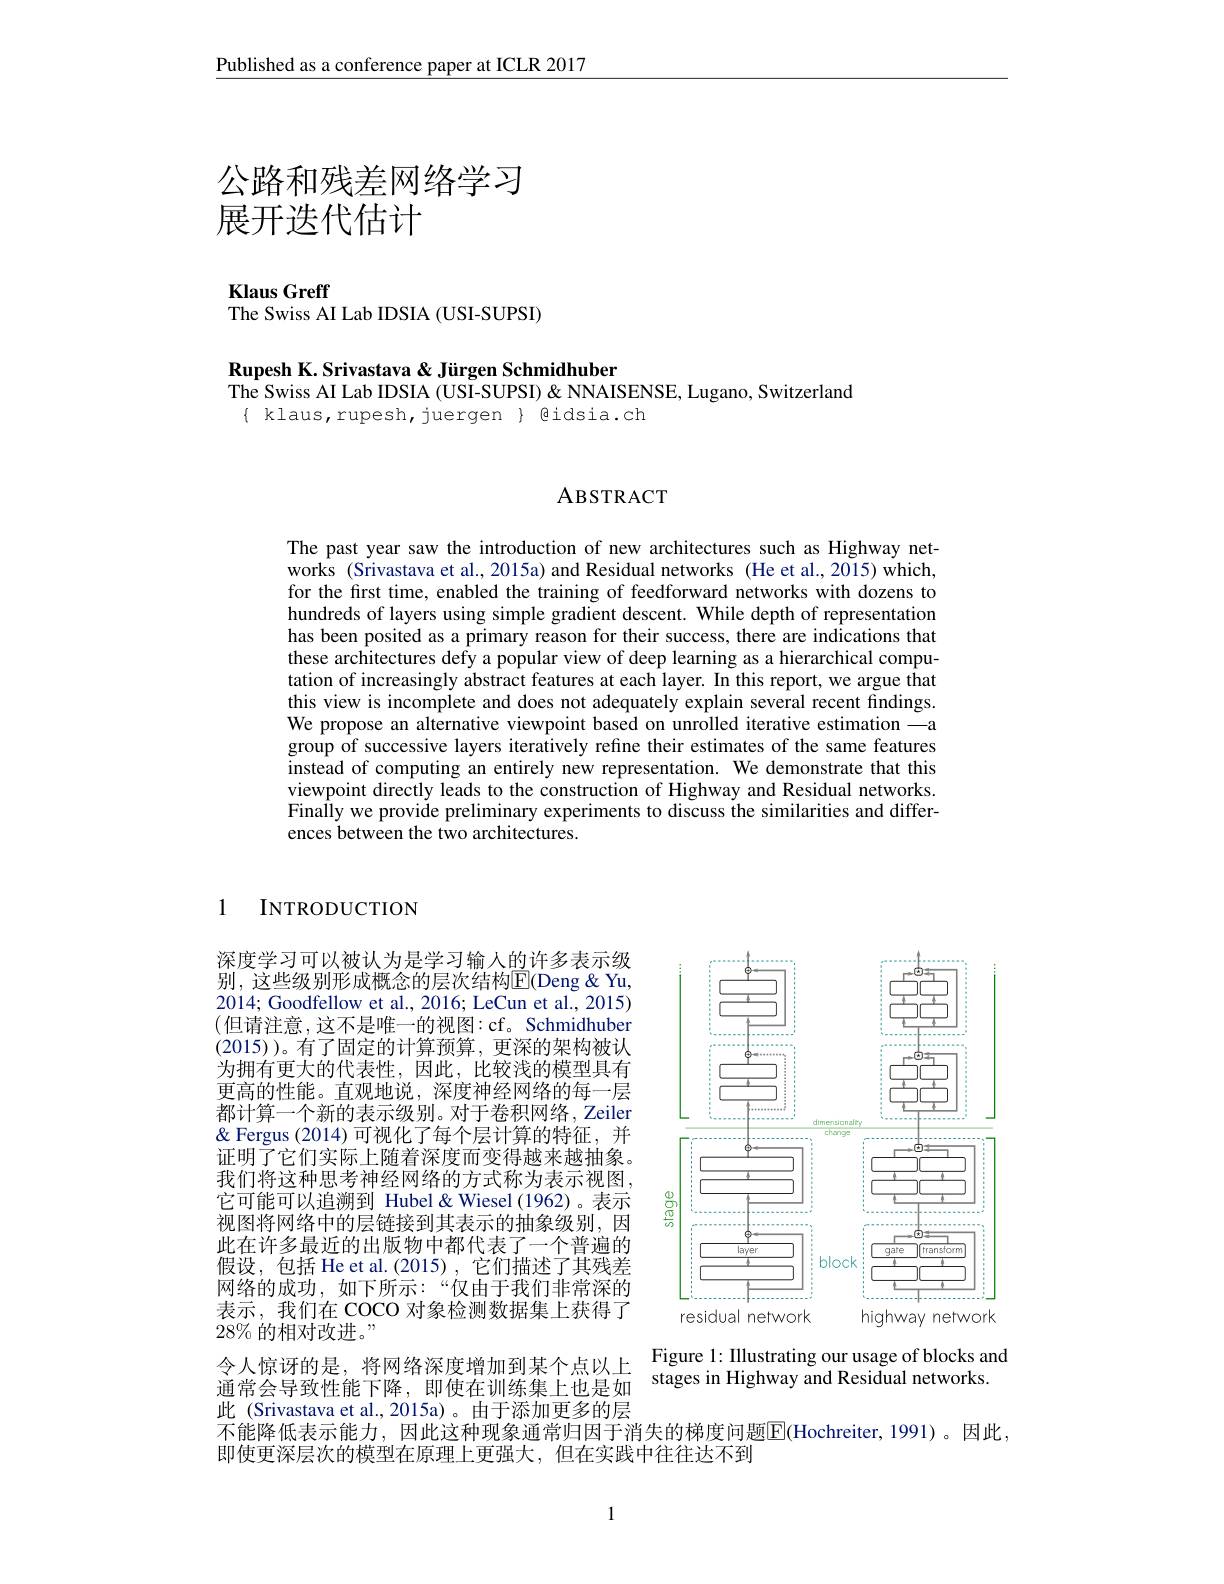
Published as a conference paper at ICLR 2017

# 公路和残差网络学习展开迭代估计

Klaus Greff
The Swiss AI Lab IDSIA (USI-SUPSI)

Rupesh K. Srivastava & Jürgen Schmidhuber
$\dot{\text{The Swiss AI Lab IDSIA (USI-SUPSI) }}$ " Lugano, Switzerland
$\{$ klaus,rupesh,juergen $\}$ @idsia.ch

## ABSTRACT

The past year saw the introduction of new architectures such as Highway networks (Srivastava et al., 2015a) and Residual networks (He et al., 2015) which, for the first time, enabled the training of feedforward networks with dozens to hundreds of layers using simple gradient descent. While depth of representation has been posited as a primary reason for their success, there are indications that these architectures defy a popular view of deep learning as a hierarchical computation of increasingly abstract features at each layer. In this report, we argue that this view is incomplete and does not adequately explain several recent findings. We propose an alternative viewpoint based on unrolled iterative estimation —a group of successive layers iteratively refine their estimates of the same features instead of computing an entirely new representation. We demonstrate that this viewpoint directly leads to the construction of Highway and Residual networks. Finally we provide preliminary experiments to discuss the similarities and differences between the two architectures.

1

$INTRODUCTION$

深度学习可以被认为是学习输人的许多表示级别，这些级别形成概念的层次结构$\overline{\mathrm{E}}($Deng &Yu, 2014; Goodfellow et al., 2016; LeCun et al., 2015) (但请注意，这不是唯一的视图：cf。Schmidhuber (2015))。有了固定的计算预算，更深的架构被认为拥有更大的代表性，因此，比较浅的模型具有更高的性能。直观地说，深度神经网络的每一层都计算一个新的表示级别。对于卷积网络，Zeiler & Fergus (2014)可视化了每个层计算的特征，并证明了它们实际上随着深度而变得越来越抽象。我们将这种思考神经网络的方式称为表示视图， 它可能可以追溯到 Hubel& Wiesel (1962)。表示视图将网络中的层链接到其表示的抽象级别，因此在许多最近的出版物中都代表了一个普遍的假设，包括 He et al.(2015) ,它们描述了其残差网络的成功，如下所示：“仅由于我们非常深的表示，我们在 COCO 对象检测数据集上获得了$28\%$的相对改进。”
$\begin{array}{lll}\text{令人惊讶的是，将网络深度增加到某个点以上}&\text{Figure 1: Illustrating our usage of blocks and}\\\text{通常会导致性能下降，即使在训练集上也是如}&\text{stages in Highway and Residual networks.}\\\end{array}$
此 (Srivastava et al.,2015a)。由于添加更多的层
不能降低表示能力，因此这种现象通常归因于消失的梯度问题$\boxed{\mathrm{E}}($Hochreiter,1991)。因此，
即使更深层次的模型在原理上更强大，但在实践中往往达不到

<FigureHere>

1